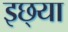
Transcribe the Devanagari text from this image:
इछ्या